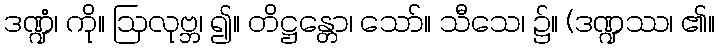
ဒဏ္ဍံ၊ ကို။ ဩလုဗ္ဘ၊ ၍။ တိဋ္ဌန္တော၊ သော်။ သီသေ၊ ၌။ (ဒဏ္ဍဿ၊ ၏။